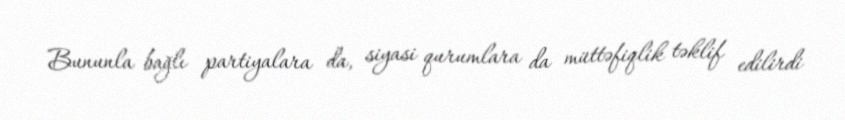
Bununla bağlı partiyalara da, siyasi qurumlara da müttəfiqlik təklif edilirdi